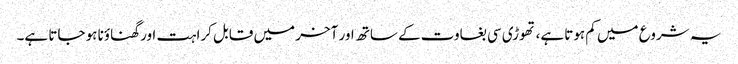
یہ شروع میں کم ہوتا ہے، تھوڑی سی بغاوت کے ساتھ اور آخر میں قابل کراہت اور گھناؤنا ہو جاتا ہے۔